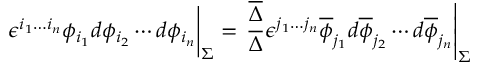
\left. \phantom { { \frac { A } { B } } } { \epsilon ^ { i _ { 1 } \ldots i _ { n } } \phi _ { i _ { 1 } } d \phi _ { i _ { 2 } } \cdots d \phi _ { i _ { n } } } \right| _ { \Sigma } = \left. { \frac { \overline { { { \Delta } } } } { \Delta } } { \epsilon ^ { j _ { 1 } \ldots j _ { n } } \overline { { { \phi } } } _ { j _ { 1 } } d \overline { { { \phi } } } _ { j _ { 2 } } \cdots d \overline { { { \phi } } } _ { j _ { n } } } \right| _ { \Sigma }